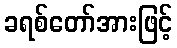
ခရစ်တော်အားဖြင့်